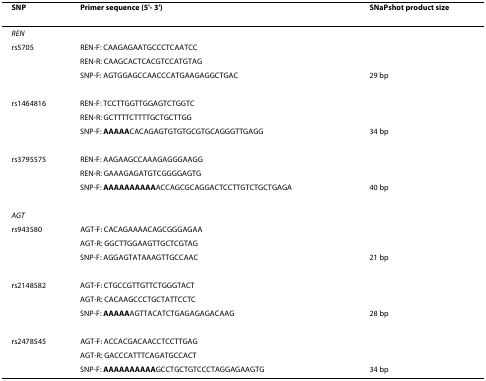
| SNP | Primer sequence (5'- 3') | SNaPshot product size |
 | --- | --- | --- |
 | REN |  |  |
 | rs5705 | REN-F: CAAGAGAATGCCCTCAATCC |  |
 |  | REN-R: CAAGCACTCACGTCCATGTAG |  |
 |  | SNP-F: AGTGGAGCCAACCCATGAAGAGGCTGAC | 29 bp |
 | rs1464816 | REN-F: TCCTTGGTTGGAGTCTGGTC |  |
 |  | REN-R: GCTTTTCTTTTGCTGCTTGG |  |
 |  | SNP-F: AAAAACACAGAGTGTGTGCGTGCAGGGTTGAGG | 34 bp |
 | rs3795575 | REN-F: AAGAAGCCAAAGAGGGAAGG |  |
 |  | REN-R: GAAAGAGATGTCGGGGAGTG |  |
 |  | SNP-F: AAAAAAAAAAACCAGCGCAGGACTCCTTGTCTGCTGAGA | 40 bp |
 | AGT |  |  |
 | rs943580 | AGT-F: CACAGAAAACAGCGGGAGAA |  |
 |  | AGT-R: GGCTTGGAAGTTGCTCGTAG |  |
 |  | SNP-F: AGGAGTATAAAGTTGCCAAC | 21 bp |
 | rs2148582 | AGT-F: CTGCCGTTGTTCTGGGTACT |  |
 |  | AGT-R: CACAAGCCCTGCTATTCCTC |  |
 |  | SNP-F: AAAAAAGTTACATCTGAGAGAGACAAG | 28 bp |
 | rs2478545 | AGT-F: ACCACGACAACCTCCTTGAG |  |
 |  | AGT-R: GACCCATTTCAGATGCCACT |  |
 |  | SNP-F: AAAAAAAAAAGCCTGCTGTCCCTAGGAGAAGTG | 34 bp |